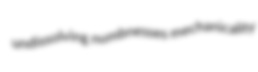
undissolving numbnesses mechanicality